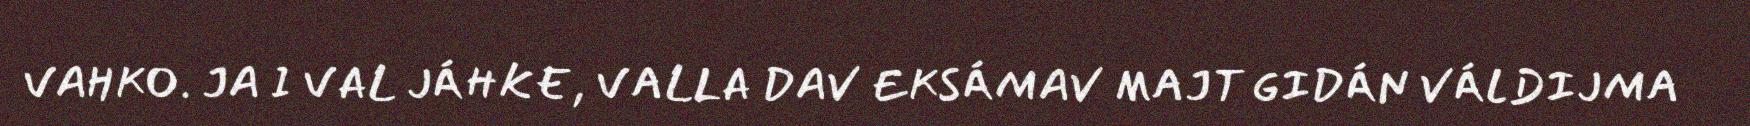
VAHKO. JA I VAL JÁHKE, VALLA DAV EKSÁMAV MAJT GIDÁN VÁLDIJMA